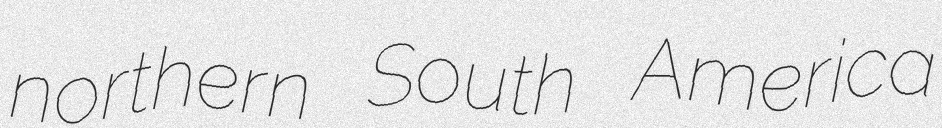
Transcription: northern South America